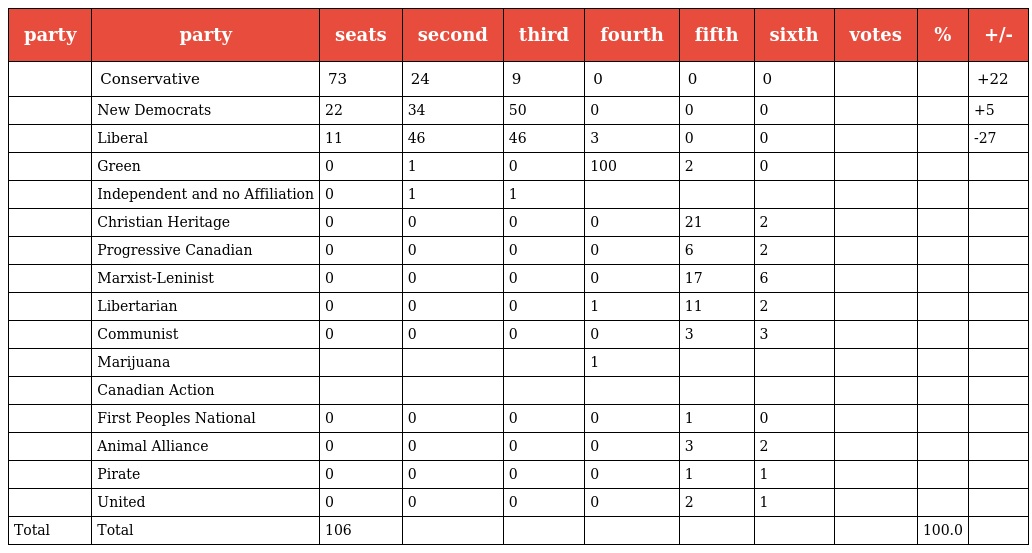
| party | party | seats | second | third | fourth | fifth | sixth | votes | % | +/- |
 | --- | --- | --- | --- | --- | --- | --- | --- | --- | --- | --- |
 |  | Conservative | 73 | 24 | 9 | 0 | 0 | 0 |  |  | +22 |
 |  | New Democrats | 22 | 34 | 50 | 0 | 0 | 0 |  |  | +5 |
 |  | Liberal | 11 | 46 | 46 | 3 | 0 | 0 |  |  | -27 |
 |  | Green | 0 | 1 | 0 | 100 | 2 | 0 |  |  |  |
 |  | Independent and no Affiliation | 0 | 1 | 1 |  |  |  |  |  |  |
 |  | Christian Heritage | 0 | 0 | 0 | 0 | 21 | 2 |  |  |  |
 |  | Progressive Canadian | 0 | 0 | 0 | 0 | 6 | 2 |  |  |  |
 |  | Marxist-Leninist | 0 | 0 | 0 | 0 | 17 | 6 |  |  |  |
 |  | Libertarian | 0 | 0 | 0 | 1 | 11 | 2 |  |  |  |
 |  | Communist | 0 | 0 | 0 | 0 | 3 | 3 |  |  |  |
 |  | Marijuana |  |  |  | 1 |  |  |  |  |  |
 |  | Canadian Action |  |  |  |  |  |  |  |  |  |
 |  | First Peoples National | 0 | 0 | 0 | 0 | 1 | 0 |  |  |  |
 |  | Animal Alliance | 0 | 0 | 0 | 0 | 3 | 2 |  |  |  |
 |  | Pirate | 0 | 0 | 0 | 0 | 1 | 1 |  |  |  |
 |  | United | 0 | 0 | 0 | 0 | 2 | 1 |  |  |  |
 | Total | Total | 106 |  |  |  |  |  |  | 100.0 |  |